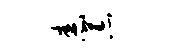
舂荒